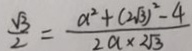
\frac { \sqrt { 3 } } { 2 } = \frac { a ^ { 2 } + ( 2 \sqrt { 3 } ) ^ { 2 } - 4 } { 2 a \times 2 \sqrt { 3 } }